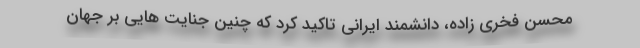
محسن فخری زاده، دانشمند ایرانی تاکید کرد که چنین جنایت هایی بر جهان